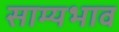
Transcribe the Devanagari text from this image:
साम्यभाव